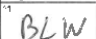
Transcription: BLW